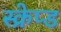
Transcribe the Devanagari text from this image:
स्क्रेप्ड